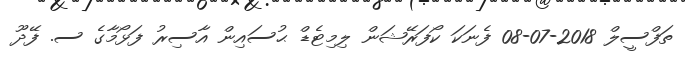
ތަފްސީލް 2018-07-08 ފެނަކަ ކޯފަރޭޝަން ލިމިޓެޑް ޙުސައިން އާސިރު ފަޅޯމާގެ ސ. ފޭދޫ